画像に写った文字を読んでください
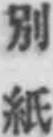
「別紙」と書いてあります